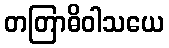
တတြာဓိဝါသယေ